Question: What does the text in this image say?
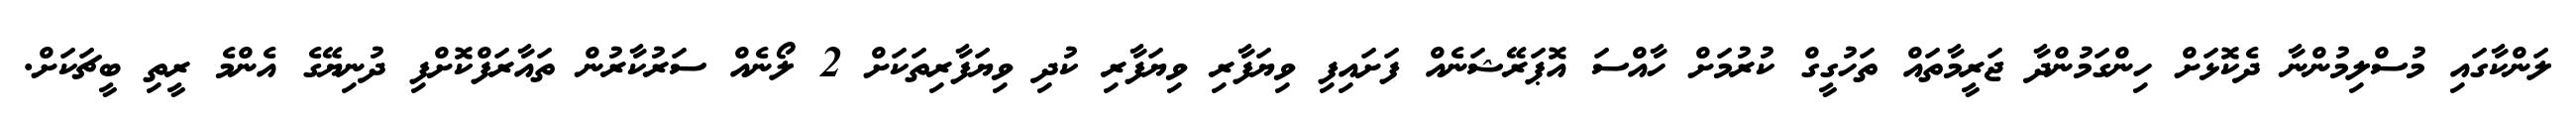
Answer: ލަންކާގައި މުސްލިމުންނާ ދެކޮޅަށް ހިންގަމުންދާ ޖަރީމާތައް ތަހުގީގް ކުރުމަށް ހާއްސަ އޮޕަރޭޝަނެއް ފަށައިފި ވިޔަފާރި ވިޔަފާރި ކުދި ވިޔަފާރިތަކަށް 2 ލޯނެއް ސަރުކާރުން ތައާރަފްކޮށްފި ދުނިޔޭގެ އެންމެ ރީތި ބީޗަކަށް.